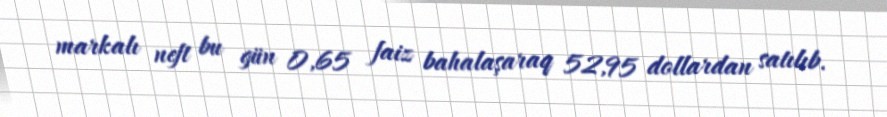
markalı neft bu gün 0,65 faiz bahalaşaraq 52,95 dollardan satılıb.